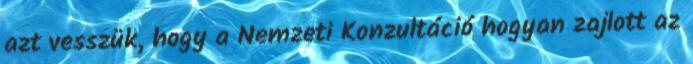
azt vesszük, hogy a Nemzeti Konzultáció hogyan zajlott az